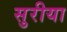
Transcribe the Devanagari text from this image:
सुरीया